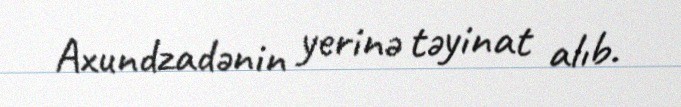
Axundzadənin yerinə təyinat alıb.